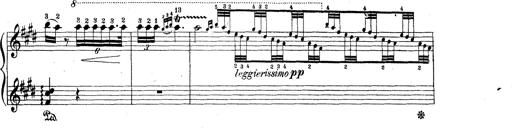
Title: Le rossignol
Composer: Franz Liszt